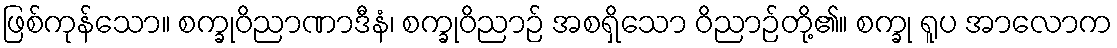
ဖြစ်ကုန်သော။ စက္ခုဝိညာဏာဒီနံ၊ စက္ခုဝိညာဉ် အစရှိသော ဝိညာဉ်တို့၏။ စက္ခု ရူပ အာလောက